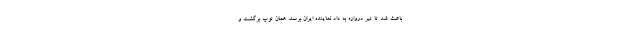
باعث شد تا تیر دروازه به داد نماینده ایران برسد. همان توپ برگشت و